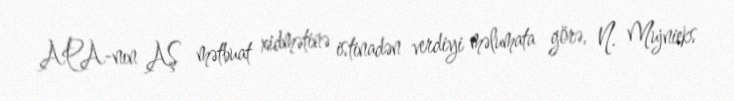
APA-nın AŞ mətbuat xidmətinə istinadən verdiyi məlumata görə, N. Mujnieks